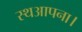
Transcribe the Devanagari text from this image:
स्थआपना।